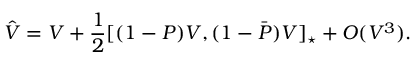
\hat { V } = V + \frac { 1 } { 2 } [ ( 1 - P ) V , ( 1 - \bar { P } ) V ] _ { \star } + O ( V ^ { 3 } ) .